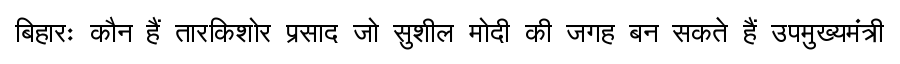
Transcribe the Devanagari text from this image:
बिहारः कौन हैं तारकिशोर प्रसाद जो सुशील मोदी की जगह बन सकते हैं उपमुख्यमंत्री